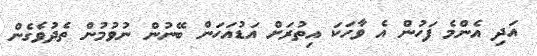
އަދި އެންމެ ފަހުން އެ ވާހަކަ އިތުރަށް އަޑުއަހަން ބޭނުން ނުވުމުން ތެދުވެގެން